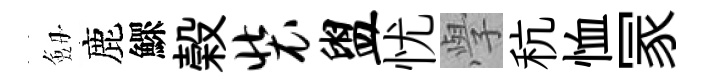
劔鹿鰥榖装盥忧𭓕秔恤冡